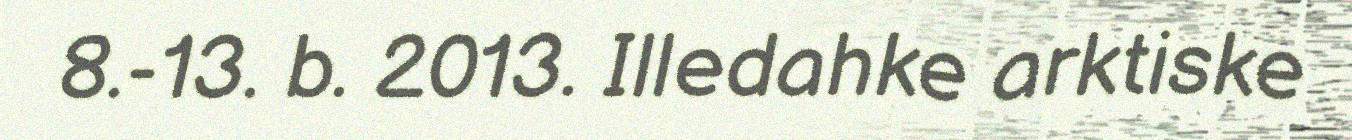
8.-13. b. 2013. Illedahke arktiske